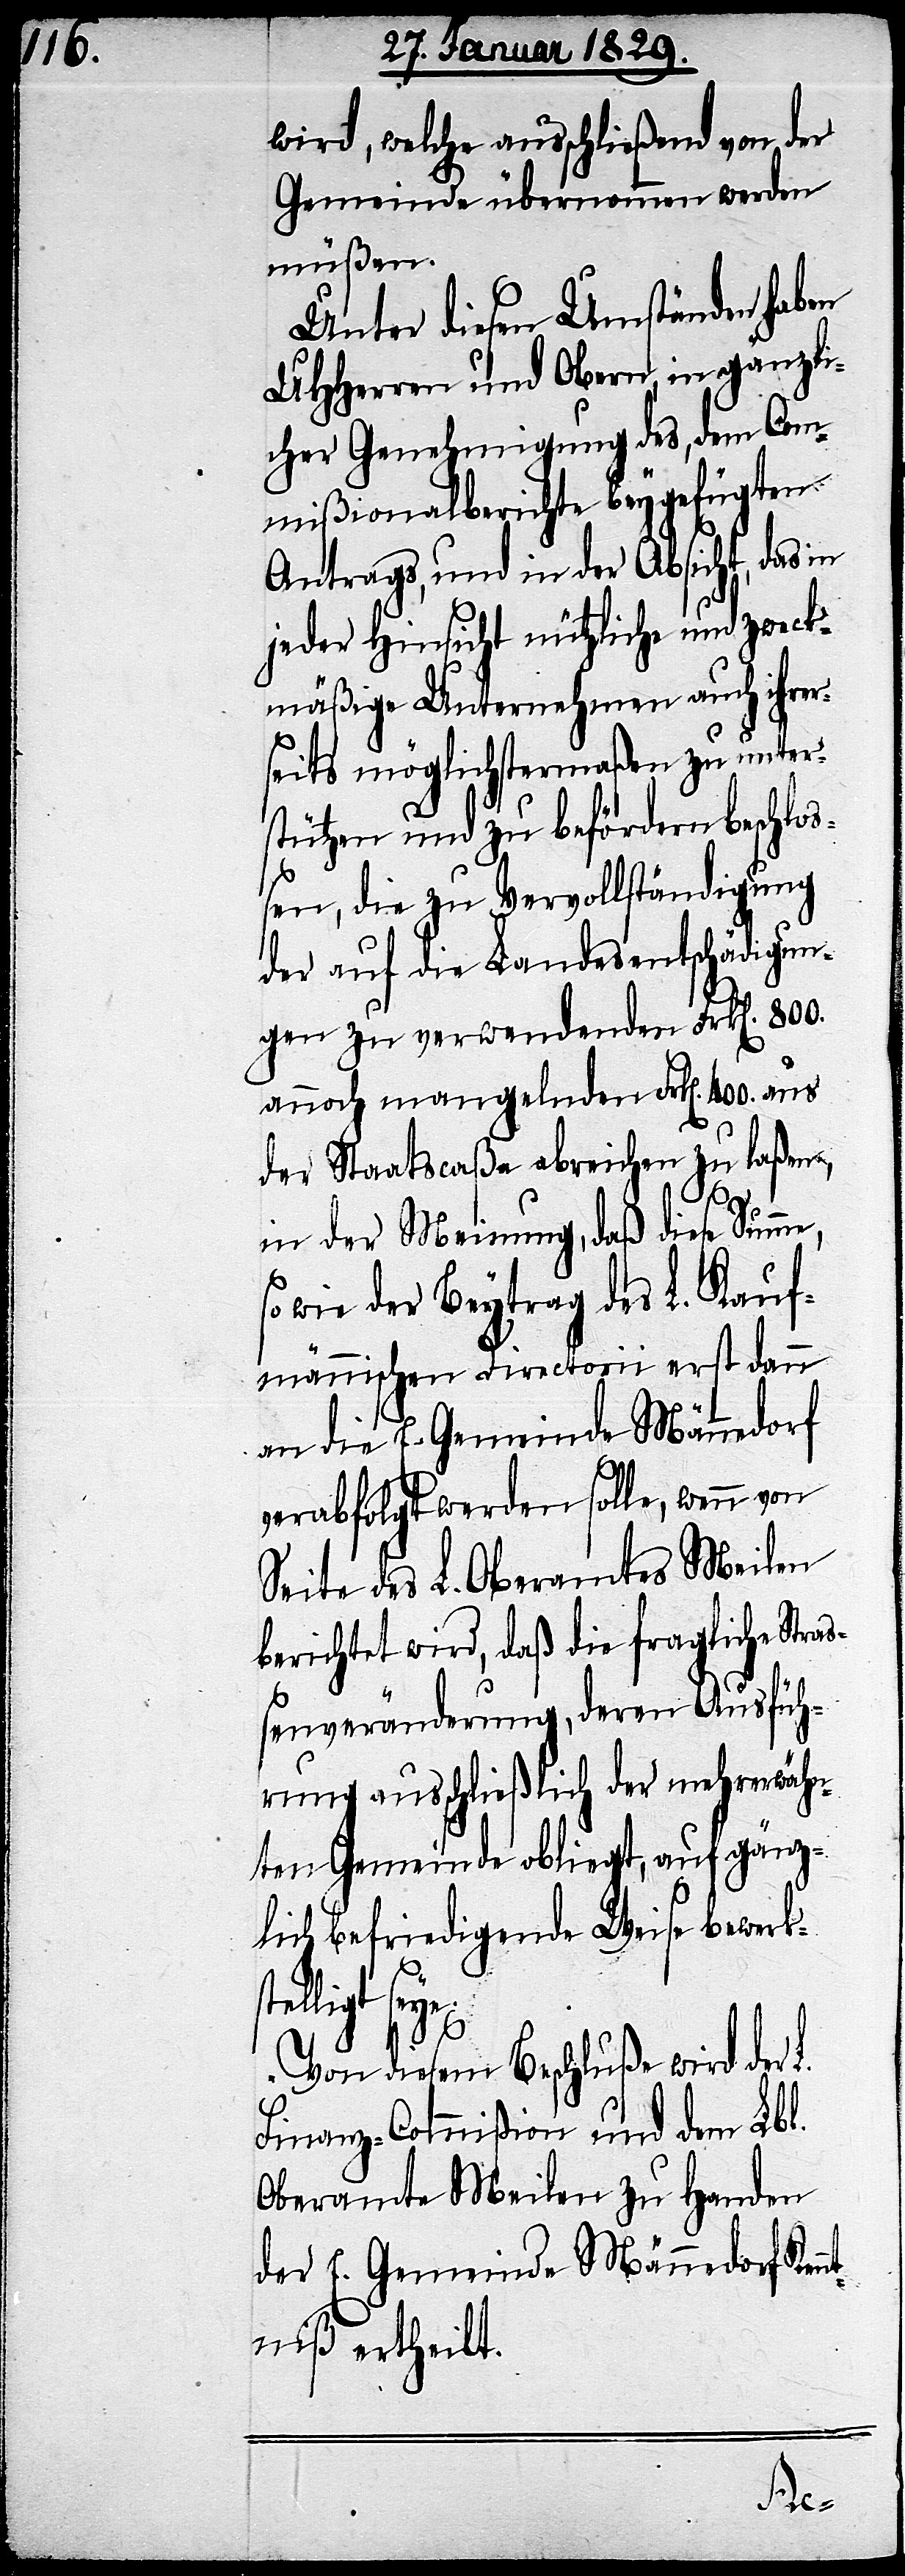
wird, welche ausschließend von der
Gemeinde übernommen werden
müßen.
Unter diesen Umständen haben
UHHerren und Obern, in gänzli¬
cher Genehmigung des, dem Com¬
mißionalberichte beygefügten
Antrags, und in der Absicht, das in
jeder Hinsicht nützliche und zweck¬
mäßige Unternehmen auch ihrer¬
seits möglichstermaßen zu unter¬
stützen und zu befördern beschloß¬
en, die zu Vervollständigung
der auf die Landesentschädigun¬
gen zu verwendenden Frk[en]. 800.
annoch mangelnden Frk[en]. 400. aus
der Staatscaßa abreichen zu laßen,
in der Meinung, daß diese Summe,
so wie der Beytrag des L. Kauf¬
männischen Directoriums erst dann
an die E. Gemeinde Männedorf
verabfolgt werden solle, wenn von
Seite des L. Oberamtes Meilen
berichtet wird, daß die fragliche Stra¬
ßenveränderung, deren Ausfüh¬
rung ausschließlich der mehrerwähn¬
ten Gemeinde obliegt, auf gänz¬
lich befriedigende Weise bewerk¬
ligt seye.
Von diesem Beschluße wird der
Finanz-Commißion und dem Lbl.
Oberamte Meilen zu Handen
der E. Gemeinde Männedorf Ken¬
ntniß ertheilt.
stel¬